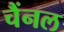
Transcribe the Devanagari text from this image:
चैंनल